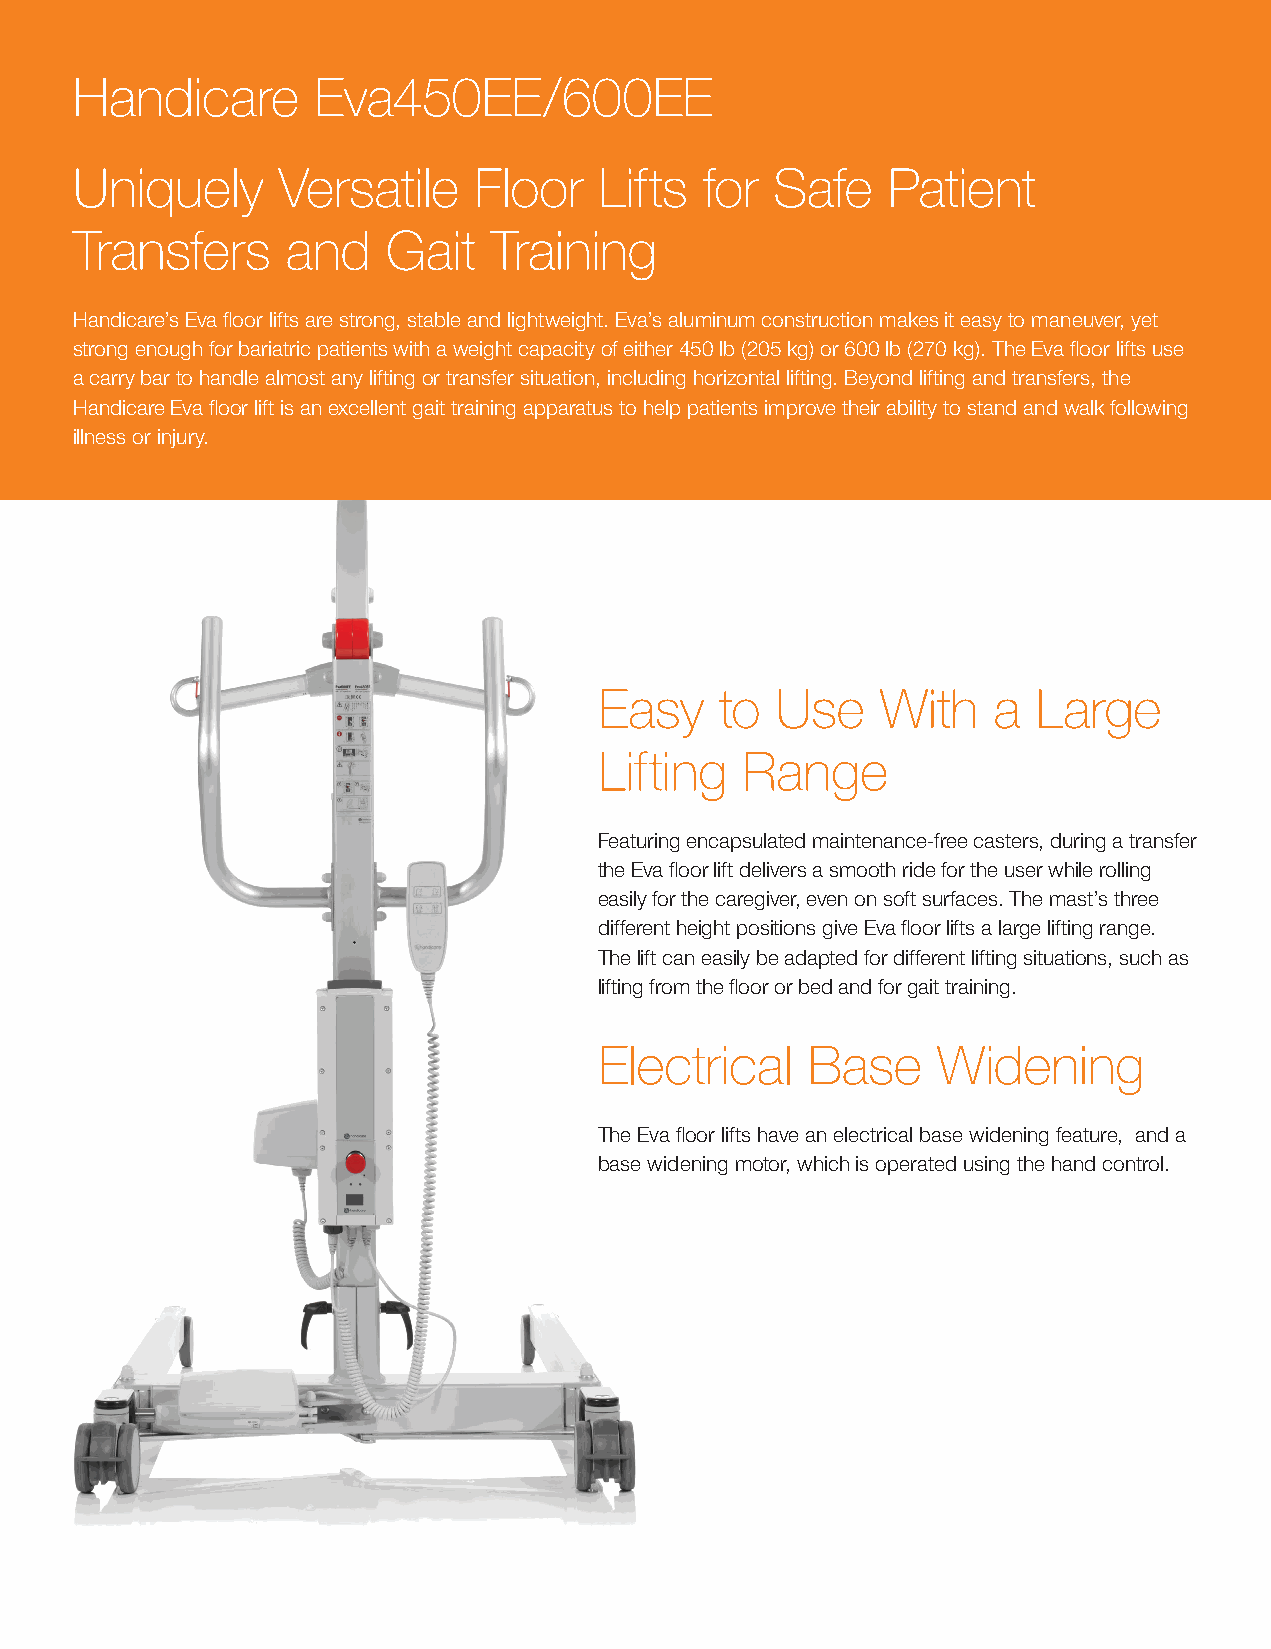
Handicare       Eva450EE/600EE
 Uniquely      Versatile    Floor   Lifts  for  Safe   Patient
 Transfers     and    Gait   Training
 Handicare’s Eva floor lifts are strong, stable and lightweight. Eva’s aluminum construction makes it easy to maneuver, yet
 strong enough for bariatric patients with a weight capacity of either 450 lb (205 kg) or 600 lb (270 kg). The Eva floor lifts use
 a carry bar to handle almost any lifting or transfer situation, including horizontal lifting. Beyond lifting and transfers, the
 Handicare Eva floor lift is an excellent gait training apparatus to help patients improve their ability to stand and walk following
 illness or injury.
 Easy    to  Use    With   a  Large
 Lifting   Range
 Featuring encapsulated maintenance-free casters, during a transfer
 the Eva floor lift delivers a smooth ride for the user while rolling
 easily for the caregiver, even on soft surfaces. The mast’s three
 different height positions give Eva floor lifts a large lifting range.
 The lift can easily be adapted for different lifting situations, such as
 lifting from the floor or bed and for gait training.
 Electrical    Base    Widening
 The Eva floor lifts have an electrical base widening feature, and a
 base widening motor, which is operated using the hand control.